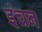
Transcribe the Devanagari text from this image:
इंचन